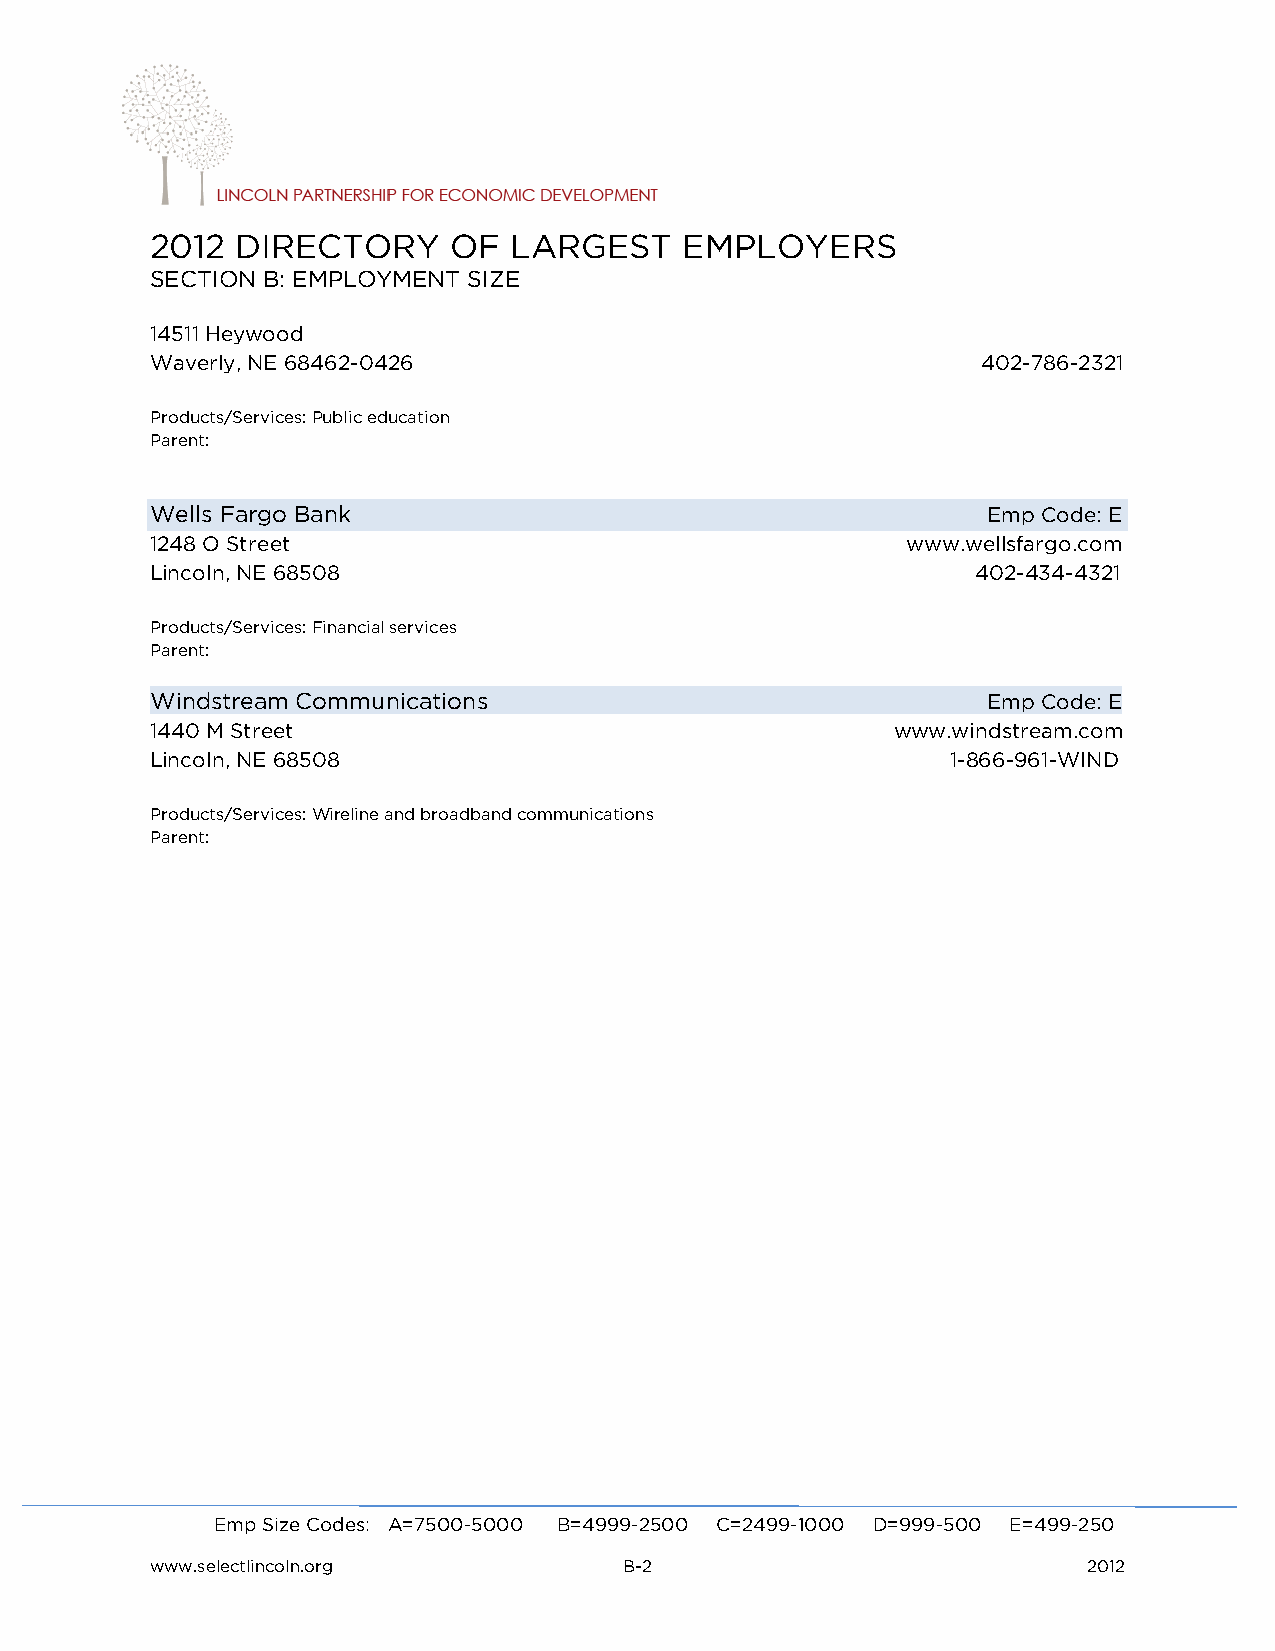
2012  DIRECTORY     OF  LARGEST    EMPLOYERS
 SECTION B: EMPLOYMENT SIZE
 14511 Heywood
 Waverly, NE 68462-0426                                 402-786-2321
 Products/Services: Public education
 Parent:
 Wells Fargo Bank                                       Emp Code: E
 1248 O Street                                     www.wellsfargo.com
 Lincoln, NE 68508                                      402-434-4321
 Products/Services: Financial services
 Parent:
 Windstream Communications                              Emp Code: E
 1440 M Street                                    www.windstream.com
 Lincoln, NE 68508                                    1-866-961-WIND
 Products/Services: Wireline and broadband communications
 Parent:
 Emp Size Codes: A=7500-5000 B=4999-2500 C=2499-1000 D=999-500 E=499-250
 www.selectlincoln.org          B-2                            2012